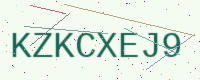
Text: KZKCXEJ9